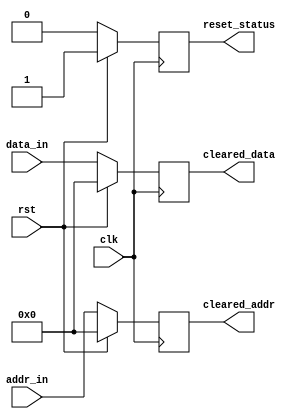
module sync_reset_detector (
    input wire clk,                // Clock signal
    input wire rst,                // Reset signal
    input wire [7:0] data_in,      // Data input from memory block
    input wire [7:0] addr_in,      // Address input from memory block
    output reg reset_status,        // Reset status output
    output reg [7:0] cleared_data,  // Cleared output for data
    output reg [7:0] cleared_addr   // Cleared output for address
);

// Synchronous Reset Logic
always @(posedge clk) begin
    if (rst) begin
        // On reset asserted, clear the signals
        cleared_data <= 8'b0;        // Clear data input to zero
        cleared_addr <= 8'b0;        // Clear address input to zero
        reset_status <= 1'b1;        // Set reset status high
    end else begin
        // Normal operation
        cleared_data <= data_in;     // Retain original data input
        cleared_addr <= addr_in;     // Retain original address input
        reset_status <= 1'b0;        // Reset status is low
    end
end

endmodule